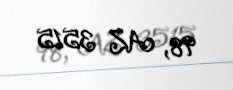
98, AZ 3515